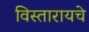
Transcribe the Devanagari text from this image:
विस्तारायचे